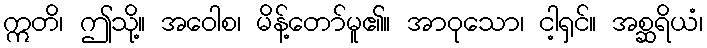
ဣတိ၊ ဤသို့။ အဝေါစ၊ မိန့်တော်မူ၏။ အာဝုသော၊ ငါ့ရှင်။ အစ္ဆရိယံ၊